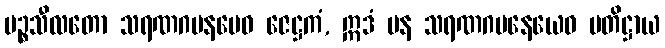
ပဉ္စသီလတော သရဏဂမနမေဝ ဇေဋ္ဌကံ, ဣဒံ ပန သရဏဂမနေယေဝ ပတိဋ္ဌာယ